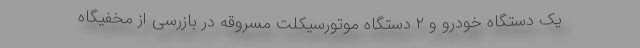
یک دستگاه خودرو و ۲ دستگاه موتورسیکلت مسروقه در بازرسی از مخفیگاه